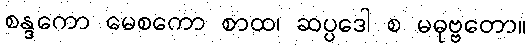
စန္ဒကော မေစကော စာထ၊ ဆပ္ပဒေါ စ မဓုဗ္ဗတော။